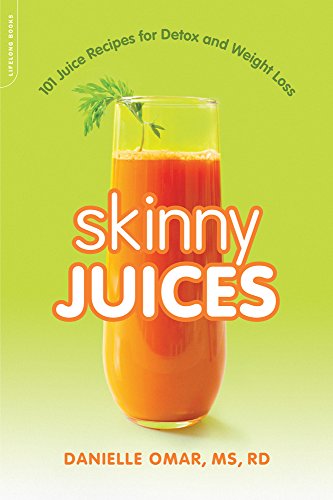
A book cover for Skinny Juices: 101 Juice Recipes for Detox and Weight Loss; Danielle Omar; Cookbooks, Food & Wine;